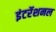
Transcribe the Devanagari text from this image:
इंटरॅशनल